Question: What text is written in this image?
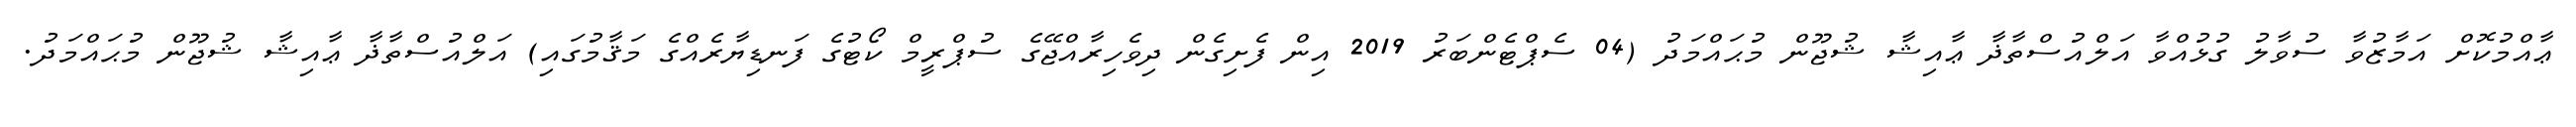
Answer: ޢާއްމުކޮށް އަމާޒުވާ ސުވާލު ގުޅުއްވާ އަލްއުސްތާޛާ ޢާއިޝާ ޝުޖޫން މުޙައްމަދު (04 ސެޕްޓެންބަރު 2019 އިން ފެށިގެން ދިވެހިރާއްޖޭގެ ސުޕްރީމް ކޯޓުގެ ފަނޑިޔާރެއްގެ މަޤާމުގައި) އަލްއުސްތާޛާ ޢާއިޝާ ޝުޖޫން މުޙައްމަދު.